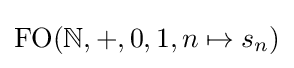
{\text{FO}}(\mathbb {N} ,+,0,1,n\mapsto s_{n})